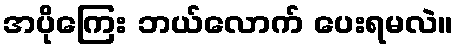
အပိုကြေး ဘယ်လောက် ပေးရမလဲ။